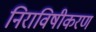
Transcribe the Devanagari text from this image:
निराविषीकरण